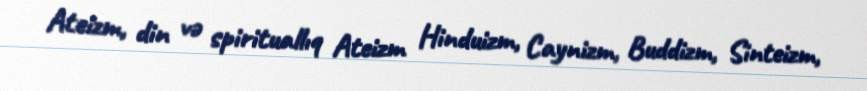
Ateizm, din və spirituallıq Ateizm Hinduizm, Caynizm, Buddizm, Sinteizm,